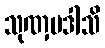
သုဏှမဒါသိ